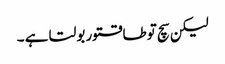
لیکن سچ توطاقتور بولتا ہے ۔